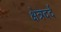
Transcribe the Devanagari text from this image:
क्षेत्रदर्द